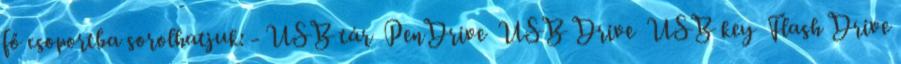
fő csoportba sorolhatjuk: - USB tár PenDrive USB Drive USB key Flash Drive